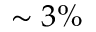
\sim 3 \%